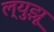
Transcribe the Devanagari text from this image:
ल्युझू